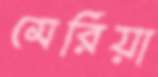
মেরিয়া